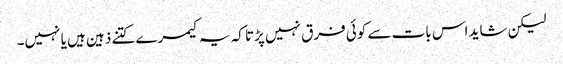
لیکن شاید اس بات سے کوئی فرق نہیں پڑتا کہ یہ کیمرے کتنے ذہین ہیں یا نہیں۔